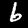
Digit: 6